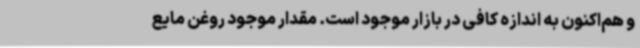
و هم‌اکنون به اندازه کافی در بازار موجود است. مقدار موجود روغن مایع